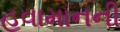
હવામાનની